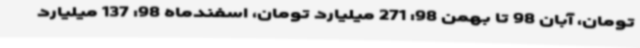
تومان، آبان 98 تا بهمن 98: 271 میلیارد تومان، اسفندماه 98: 137 میلیارد